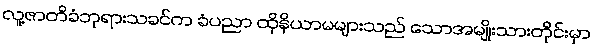
လူ့ဇာတိခံဘုရားသခင်က ခံပညာ ထိုနိယာမများသည် သောအမျိုးသားတိုင်းမှာ